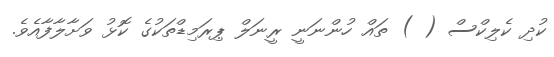
ކުދި ކެލިކްސް ( ) ތައް ހުންނަނީ ރީނަލް ޕިރަމިޑްތަކުގެ ކޮޅު ވަށާލާފާއެވެ.